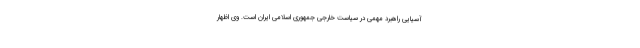
آسیایی راهبرد مهمی در سیاست خارجی جمهوری اسلامی ایران است. وی اظهار